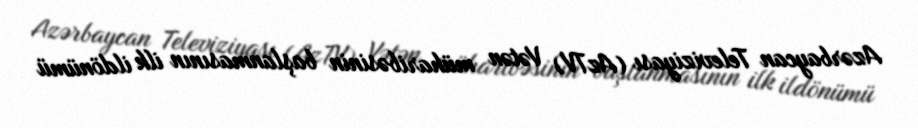
Azərbaycan Televiziyası (AzTV) Vətən müharibəsinin başlanmasının ilk ildönümü